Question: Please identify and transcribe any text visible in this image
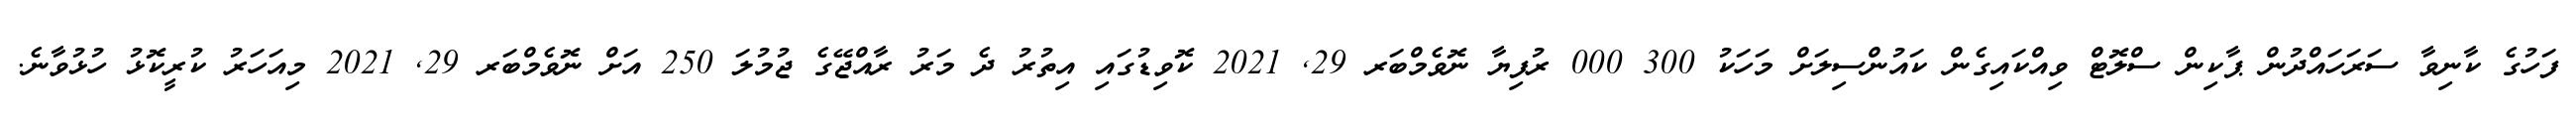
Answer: ފަހުގެ ކާނިވާ ސަރަހައްދުން ޕާކިން ސްލޮޓް ވިއްކައިގެން ކައުންސިލަށް މަހަކު 300 000 ރުފިޔާ ނޮވެމްބަރ 29, 2021 ކޮވިޑުގައި އިތުރު ދެ މަރު ރާއްޖޭގެ ޖުމުލަ 250 އަށް ނޮވެމްބަރ 29, 2021 މިއަހަރު ކުރީކޮޅު ހުޅުވާނެ.